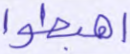
اهبطوا